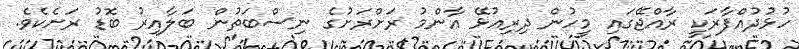
ހުޅުދުއްފާރަކީ ރާއްޖޭގައި މީހުން ދިރިއުޅޭ އާންމު ރަށްރަށުގެ ނިސްބަތުން ބަލާއިރު ބޮޑު ރަށެކެވެ.